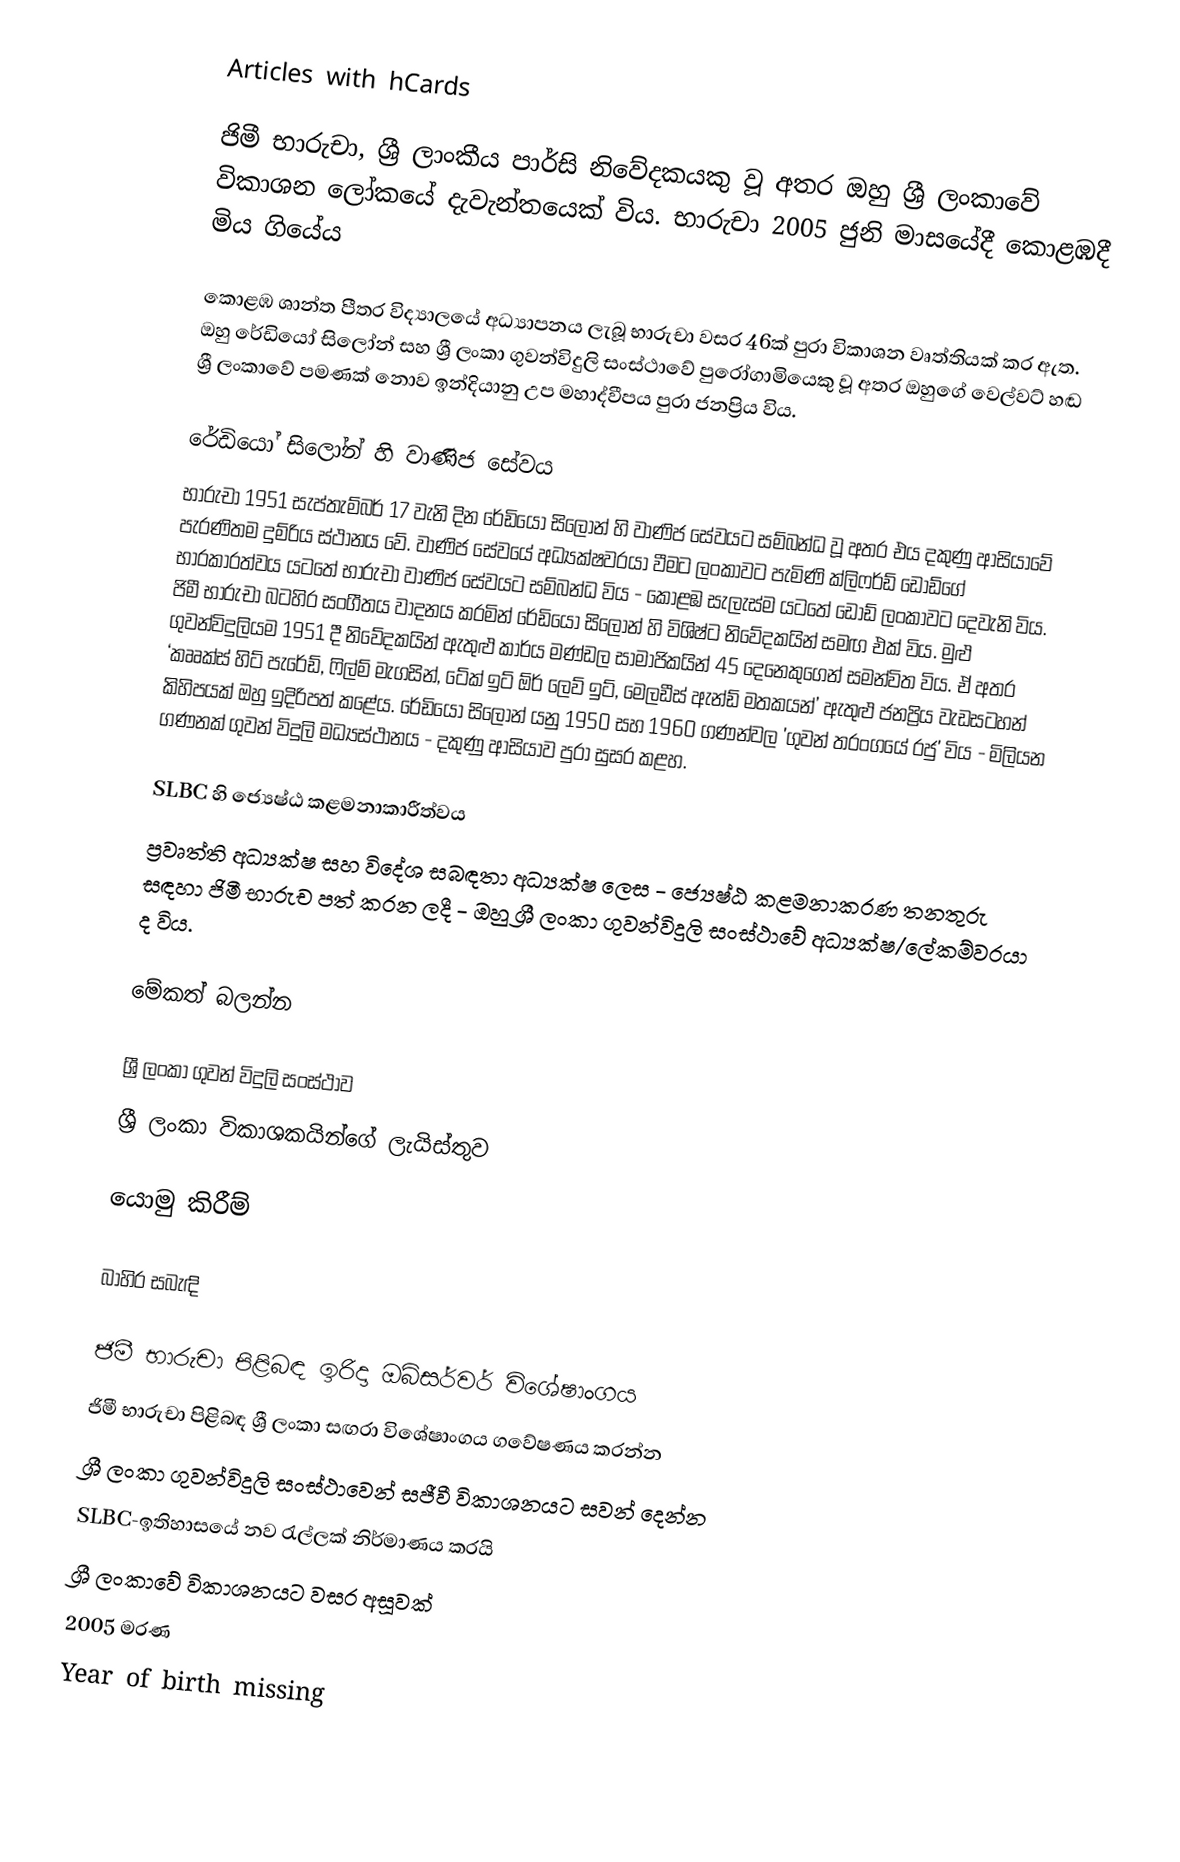
Articles with hCards

ජිමී භාරුචා, ශ්‍රී ලාංකීය පාර්සි නිවේදකයකු වූ අතර ඔහු ශ්‍රී ලංකාවේ විකාශන ලෝකයේ දැවැන්තයෙක් විය. භාරුචා 2005 ජුනි මාසයේදී කොළඹදී මිය ගියේය

කොළඹ ශාන්ත පීතර විද්‍යාලයේ අධ්‍යාපනය ලැබූ භාරුචා වසර 46ක් පුරා විකාශන වෘත්තියක් කර ඇත. ඔහු රේඩියෝ සිලෝන් සහ ශ්‍රී ලංකා ගුවන්විදුලි සංස්ථාවේ පුරෝගාමියෙකු වූ අතර ඔහුගේ වෙල්වට් හඬ ශ්‍රී ලංකාවේ පමණක් නොව ඉන්දියානු උප මහාද්වීපය පුරා ජනප්‍රිය විය.

රේඩියෝ සිලෝන් හි වාණිජ සේවය
භාරුචා 1951 සැප්තැම්බර් 17 වැනි දින රේඩියෝ සිලෝන් හි වාණිජ සේවයට සම්බන්ධ වූ අතර එය දකුණු ආසියාවේ පැරණිතම දුම්රිය ස්ථානය වේ. වාණිජ සේවයේ අධ්‍යක්ෂවරයා වීමට ලංකාවට පැමිණි ක්ලිෆර්ඩ් ඩොඩ්ගේ භාරකාරත්වය යටතේ භාරුචා වාණිජ සේවයට සම්බන්ධ විය - කොළඹ සැලැස්ම යටතේ ඩොඩ් ලංකාවට දෙවැනි විය. ජිමී භාරුචා බටහිර සංගීතය වාදනය කරමින් රේඩියෝ සිලෝන් හි විශිෂ්ට නිවේදකයින් සමඟ එක් විය. මුළු ගුවන්විදුලියම 1951 දී නිවේදකයින් ඇතුළු කාර්ය මණ්ඩල සාමාජිකයින් 45 දෙනෙකුගෙන් සමන්විත විය. ඒ අතර ‘කෲක්ස් හිට් පැරේඩ්, ෆිල්ම් මැගසින්, ටේක් ඉට් ඕර් ලෙව් ඉට්, මෙලඩීස් ඇන්ඩ් මතකයන්’ ඇතුළු ජනප්‍රිය වැඩසටහන් කිහිපයක් ඔහු ඉදිරිපත් කළේය. රේඩියෝ සිලෝන් යනු 1950 සහ 1960 ගණන්වල 'ගුවන් තරංගයේ රජු' විය - මිලියන ගණනක් ගුවන් විදුලි මධ්‍යස්ථානය - දකුණු ආසියාව පුරා සුසර කළහ.

SLBC හි ජ්‍යෙෂ්ඨ කළමනාකාරීත්වය
ප්‍රවෘත්ති අධ්‍යක්ෂ සහ විදේශ සබඳතා අධ්‍යක්ෂ ලෙස - ජ්‍යෙෂ්ඨ කළමනාකරණ තනතුරු සඳහා ජිමී භාරුච පත් කරන ලදී - ඔහු ශ්‍රී ලංකා ගුවන්විදුලි සංස්ථාවේ අධ්‍යක්ෂ/ලේකම්වරයා ද විය.

මේකත් බලන්න

 ශ්‍රී ලංකා ගුවන් විදුලි සංස්ථාව
 ශ්‍රී ලංකා විකාශකයින්ගේ ලැයිස්තුව

යොමු කිරීම්

බාහිර සබැඳි

 ජිමී භාරුචා පිළිබඳ ඉරිදා ඔබ්සර්වර් විශේෂාංගය
 ජිමී භාරුචා පිළිබඳ ශ්‍රී ලංකා සඟරා විශේෂාංගය ගවේෂණය කරන්න
 ශ්‍රී ලංකා ගුවන්විදුලි සංස්ථාවෙන් සජීවී විකාශනයට සවන් දෙන්න
 SLBC-ඉතිහාසයේ නව රැල්ලක් නිර්මාණය කරයි
 ශ්‍රී ලංකාවේ විකාශනයට වසර අසූවක්
2005 මරණ
Year of birth missing